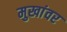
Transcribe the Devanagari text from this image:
मुखांवर